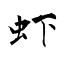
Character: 虾